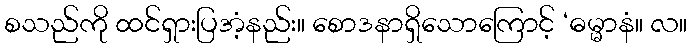
စသည်ကို ထင်ရှားပြအံ့နည်း။ စောဒနာရှိသောကြောင့် ‘ဓမ္မာနံ။ လ။